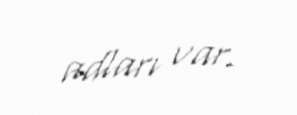
adları var.